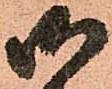
御